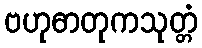
ဗဟုဓာတုကသုတ္တံ